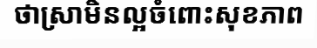
ថាស្រាមិនល្អចំពោះសុខភាព